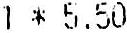
1 * 5.50